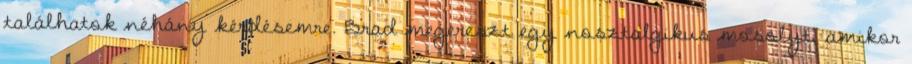
találhatok néhány kérdésemre. Brad megereszt egy nosztalgikus mosolyt, amikor